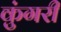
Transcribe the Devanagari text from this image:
कुंगरी